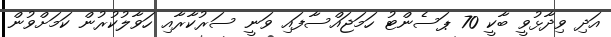
އަދި ވިދާޅުވީ ބާކީ 70 ޕަސެންޓު ހަމަޖައްސާފައި ވަނީ ސަރުކާރާއި ހަވާލުކުރުން ކަމަށްވުން